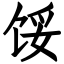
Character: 馁